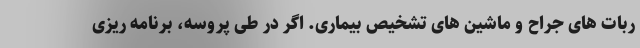
ربات های جراح و ماشین های تشخیص بیماری. اگر در طی پروسه، برنامه ریزی